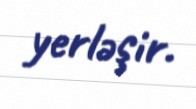
yerləşir.